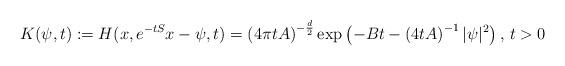
LaTeX: \begin{align*} K(\psi,t):=H(x,e^{-tS}x-\psi,t)=\left(4\pi t A\right)^{-\frac{d}{2}}\exp\left(-Bt-\left(4tA\right)^{-1}|\psi|^2\right),\,t>0 \end{align*}